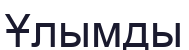
Ұлымды